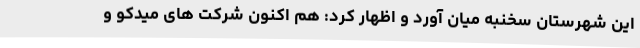
این شهرستان سخنبه میان آورد و اظهار کرد: هم اکنون شرکت های میدکو و